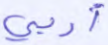
أربى